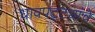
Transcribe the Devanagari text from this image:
धावपट्ट्यांचे